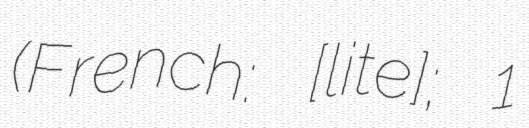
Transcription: (French: [litʁe]; 1